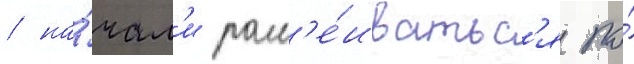
/ на́чал'и расс'е́иватьс'я по́